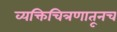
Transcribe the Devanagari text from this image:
व्यक्तिचित्रणातूनच